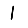
Digit: 1